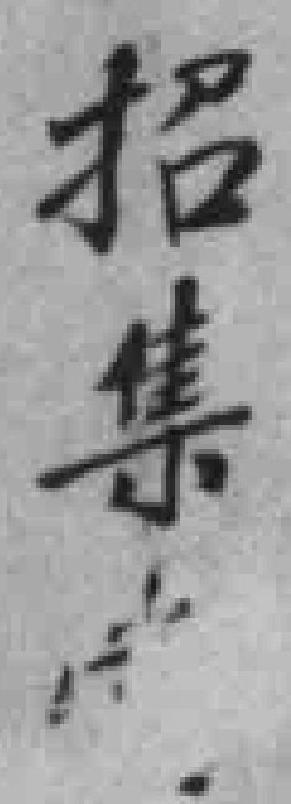
招集*